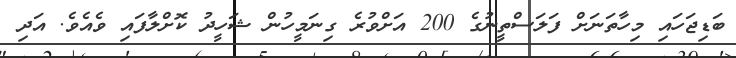
ބަޑިޖަހައި މިހާތަނަށް ފަލަސްތީނުގެ 200 އަށްވުރެ ގިނަމީހުން ޝަހީދު ކޮށްލާފައި ވެއެވެ. އަދި